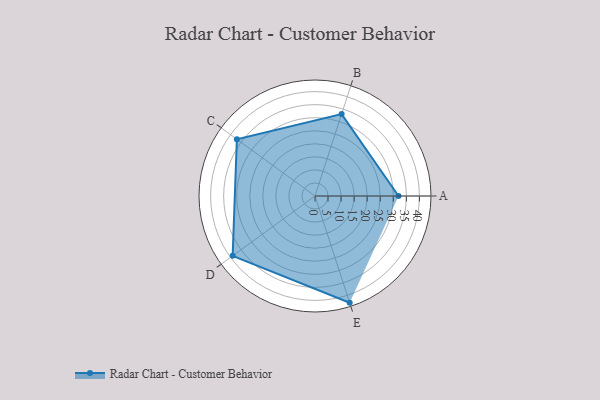
{"axis": {"x": "Skill", "y": "Score"}, "legend": ["Profile"], "data": [{"x": "A", "y": 32.0, "type": "Profile"}, {"x": "B", "y": 33.0, "type": "Profile"}, {"x": "C", "y": 37.0, "type": "Profile"}, {"x": "D", "y": 39.0, "type": "Profile"}, {"x": "E", "y": 43.0, "type": "Profile"}]}